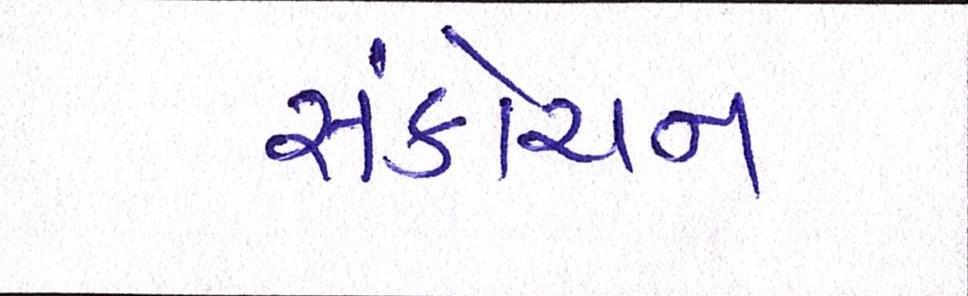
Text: સંકોચન